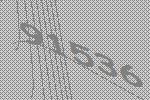
91536